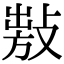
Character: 𢾍